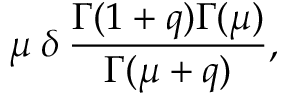
\mu \: \delta \: \frac { \Gamma ( 1 + q ) \Gamma ( \mu ) } { \Gamma ( \mu + q ) } ,